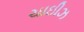
ચાઇીઝ